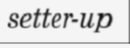
setter-up